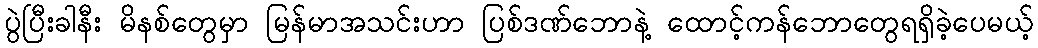
ပွဲပြီးခါနီး မိနစ်တွေမှာ မြန်မာအသင်းဟာ ပြစ်ဒဏ်ဘောနဲ့ ထောင့်ကန်ဘောတွေရရှိခဲ့ပေမယ့်